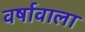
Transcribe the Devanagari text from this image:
वर्षावाला